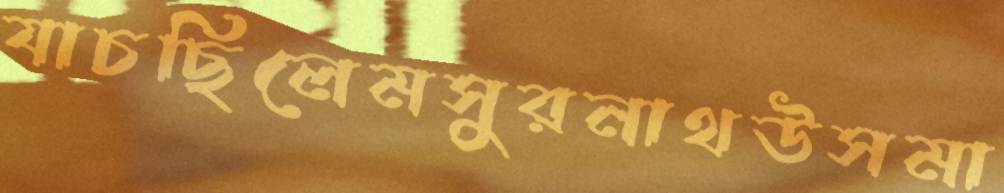
যাচছিলেমসুরনাথউসমা